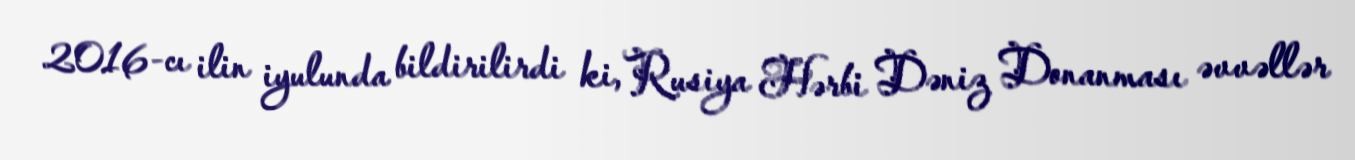
2016-cı ilin iyulunda bildirilirdi ki, Rusiya Hərbi Dəniz Donanması əvvəllər